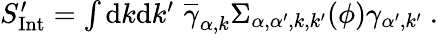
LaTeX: \begin{array}{r}{S_{\mathrm{{Int}}}^{\prime}=\int\mathrm{d}k\mathrm{d}k^{\prime}\, \, \overline{\gamma}_{\alpha,{k}}\Sigma_{\alpha,\alpha^{\prime},{k},{k^{\prime}}}(\phi){\gamma}_{\alpha^{\prime},{k^{\prime}}}\ .}\end{array}